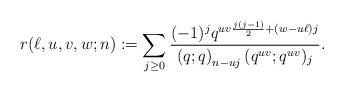
LaTeX: \begin{align*}r(\ell,u,v,w;n) := \sum_{j\geq0} \frac{(-1)^j q^{uv \frac{j(j-1)}{2}+(w-u\ell)j}}{\left(q;q\right)_{n-uj}(q^{uv};q^{uv})_{j}}.\end{align*}